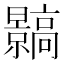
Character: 䯫